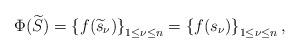
LaTeX: \begin{align*}\Phi(\widetilde{S}) = \left\{f(\widetilde{s}_\nu)\right\}_{1\leq \nu\leq n} = \left\{f(s_\nu)\right\}_{1\leq \nu \leq n},\end{align*}